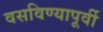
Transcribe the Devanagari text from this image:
वसविण्यापूर्वी